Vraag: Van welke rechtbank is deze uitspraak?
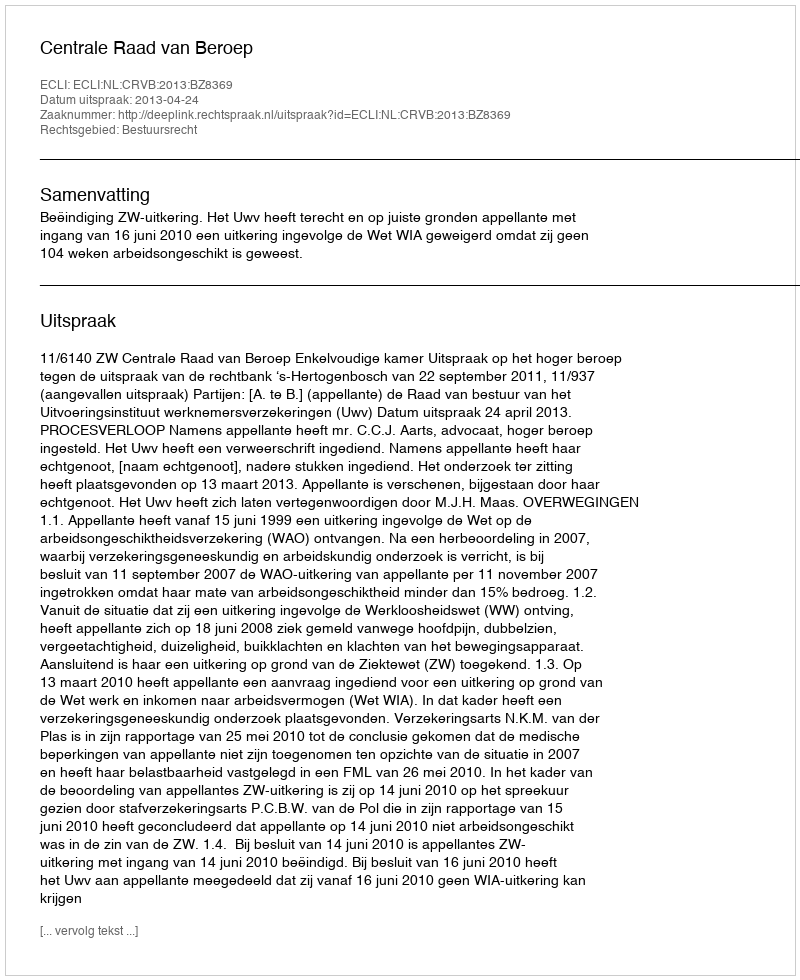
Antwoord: Centrale Raad van Beroep